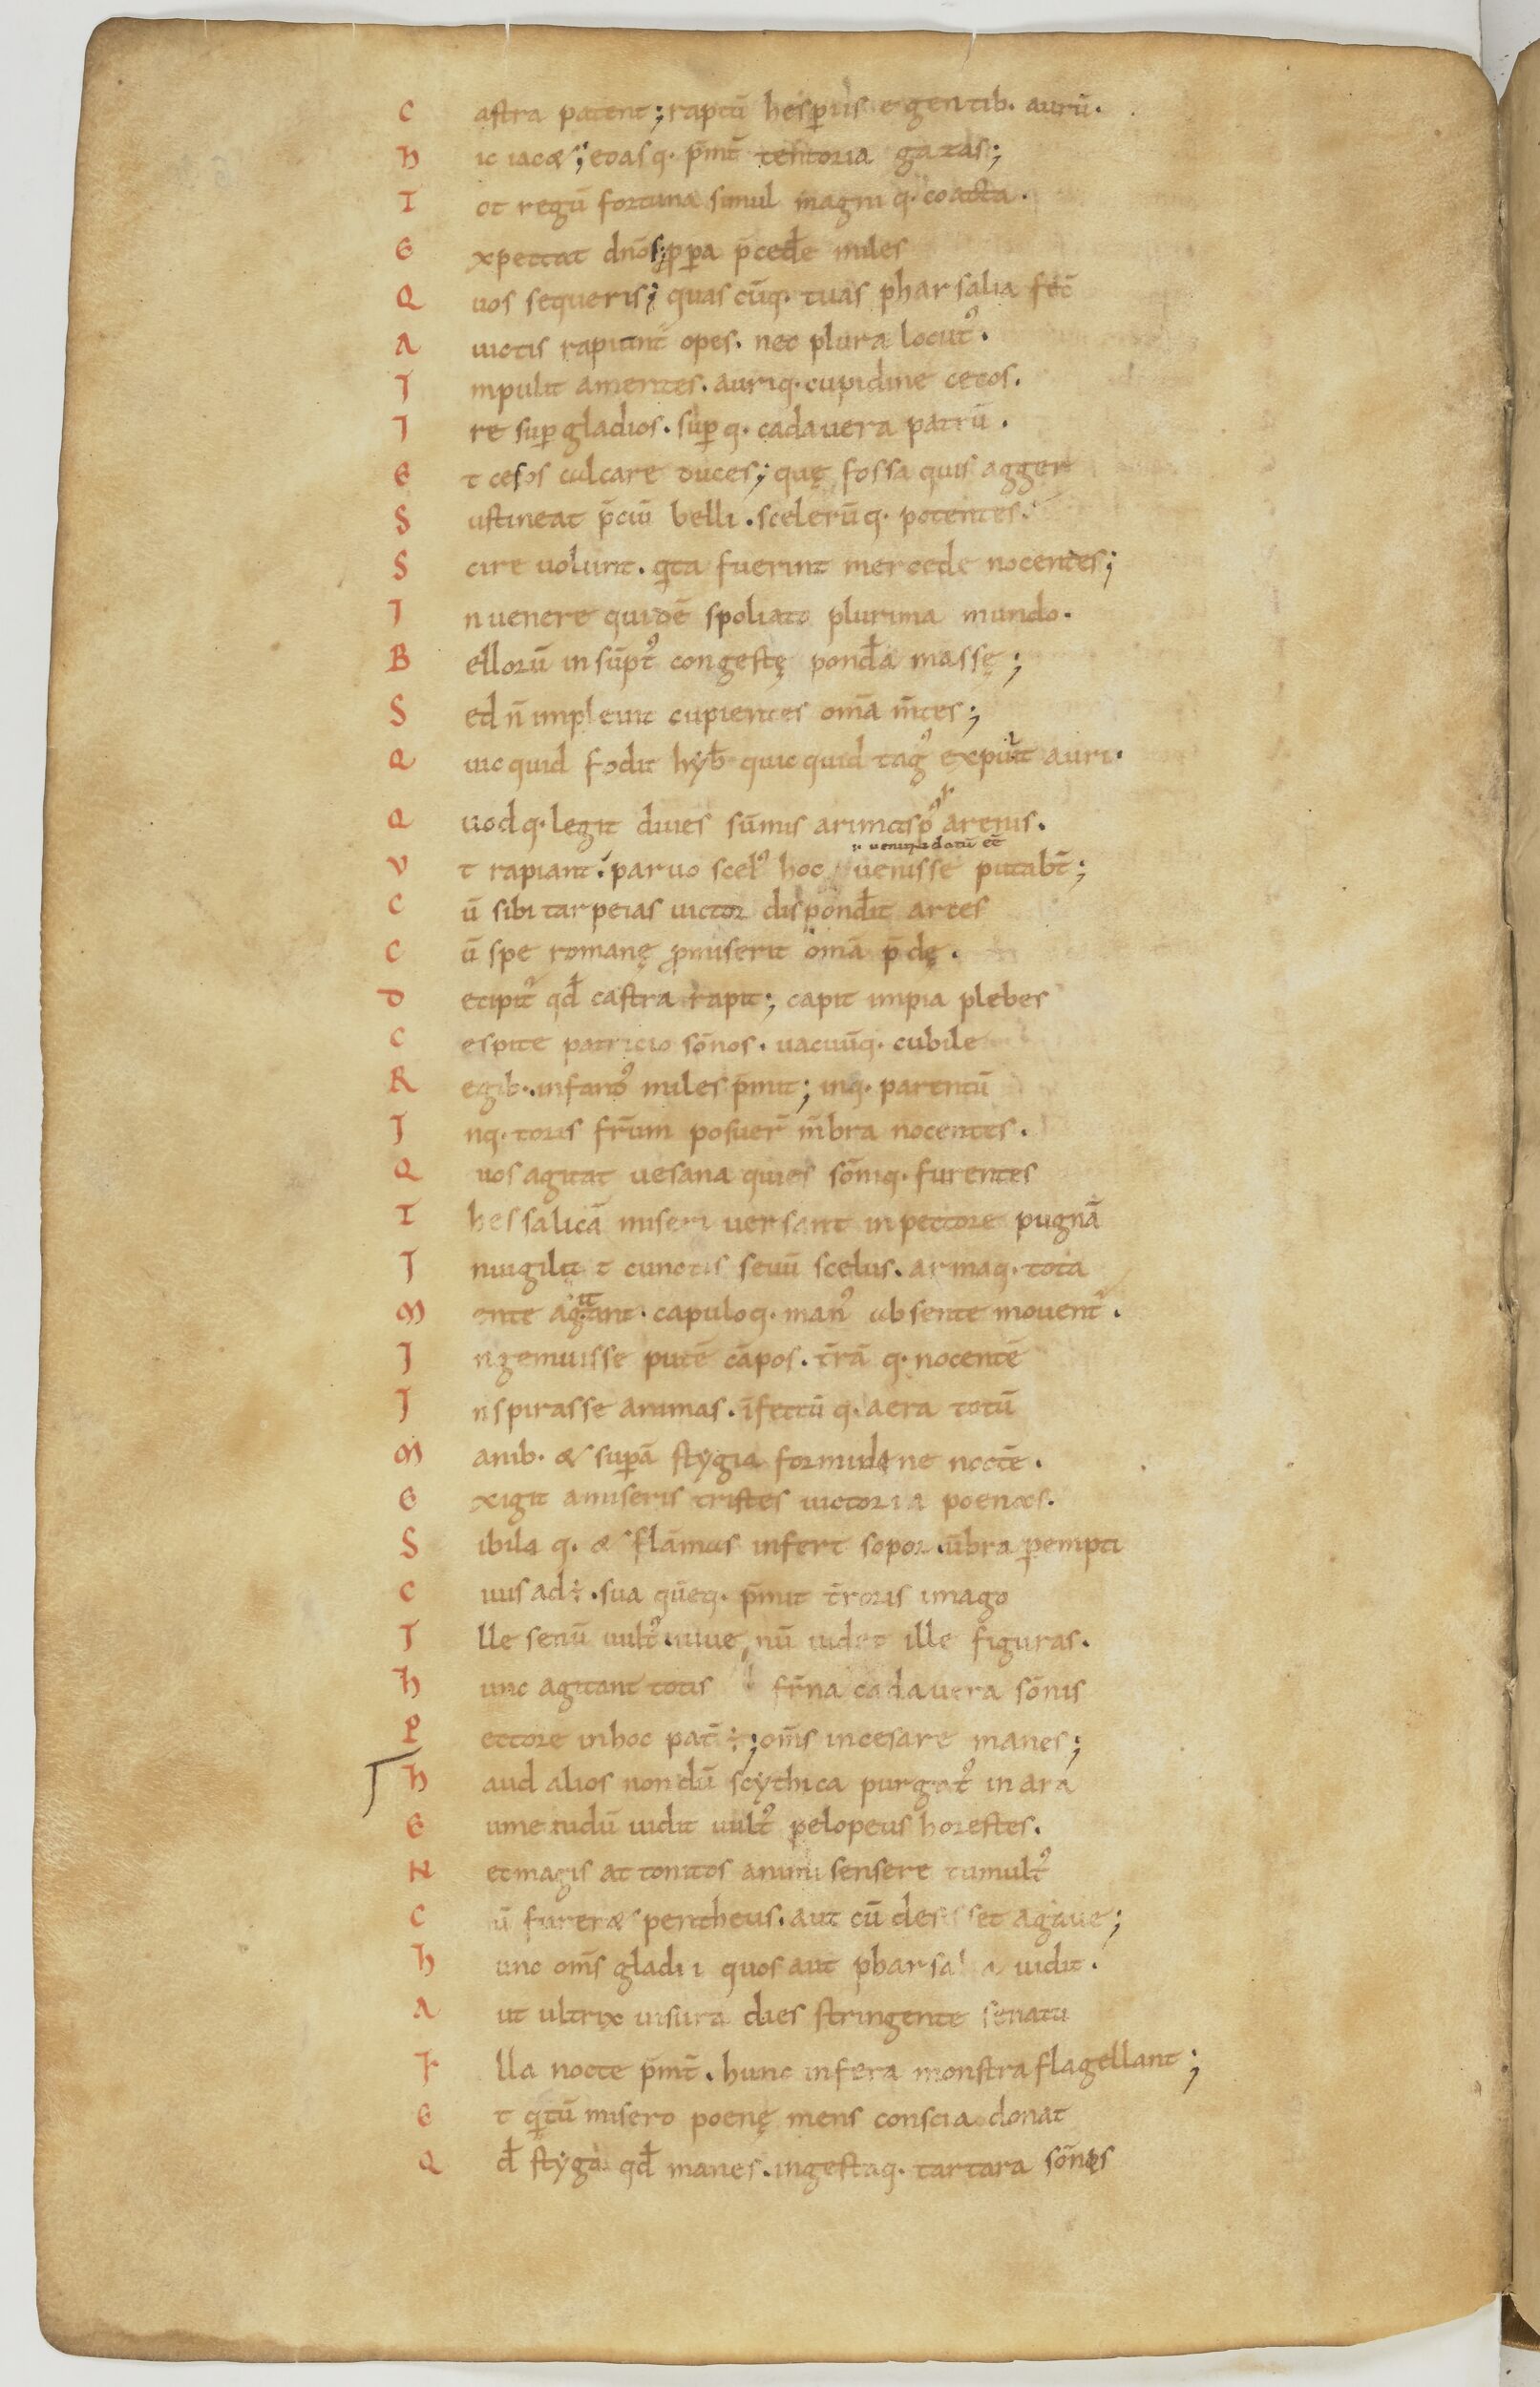
Shelfmark: Paris, BnF, lat. 17901
Century: 11